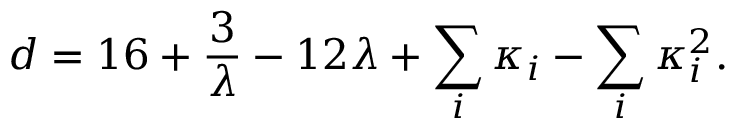
d = 1 6 + { \frac { 3 } { \lambda } } - 1 2 \lambda + \sum _ { i } \kappa _ { i } - \sum _ { i } \kappa _ { i } ^ { 2 } .